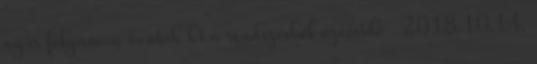
nyár folyamán vonták ki a rendszerből üzemidő . 2018.10.14.